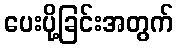
ပေးပို့ခြင်းအတွက်